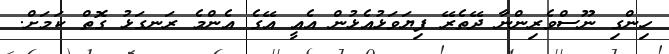
ހިންގި ނޫސްވެރިންނާ ދޭތެރޭ ފިޔަވަޅުއެޅުން އެއީ އޭގެ އެންމެ ރަނގަޅު ގޮތް ކަމަށް.